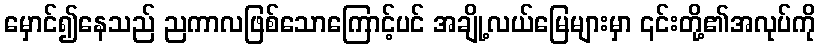
မှောင်၍နေသည် ညကာလဖြစ်သောကြောင့်ပင် အချို့လယ်မြေများမှာ ၎င်းတို့၏အလုပ်ကို